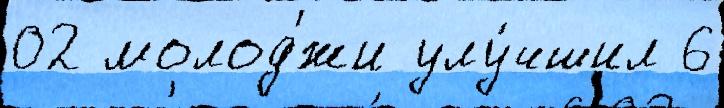
02 молод'́жи улу́чшил 6